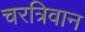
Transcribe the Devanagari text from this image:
चरत्रिवान